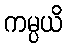
ကမ္ပယိ